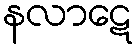
နလာဋေ